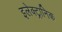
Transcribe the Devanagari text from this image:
इलेक्‍ट्रानिक